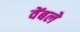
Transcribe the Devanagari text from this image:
वेंबले